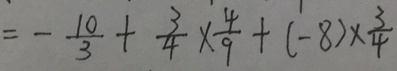
= - \frac { 1 0 } { 3 } + \frac { 3 } { 4 } \times \frac { 4 } { 9 } + ( - 8 ) \times \frac { 3 } { 4 }